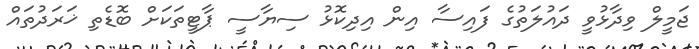
ޖަމީލް ވިދާޅުވީ ދައުލަތުގެ ފައިސާ އިން އިދިކޮޅު ސިޔާސީ ޕާޓީތަކަށް ބޮޑެތި ޚަރަދުތައް